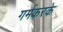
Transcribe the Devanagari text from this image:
गर्मकरके